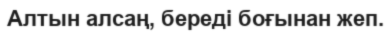
Алтын алсаң, береді боғынан жеп.